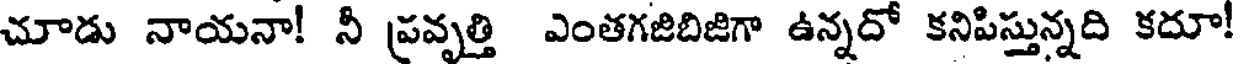
చూడు నాయనా! నీ ప్రవృత్తి ఎంతగజిబిజిగా ఉన్నదో కనిపిస్తున్నది కదూ!